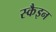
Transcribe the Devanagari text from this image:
स्कैइन